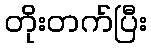
တိုးတက်ပြီး